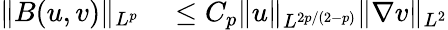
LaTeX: \begin{array}{rl}{\Vert B(u,v)\Vert_{L^{p}}}&{{}\leq C_{p}\Vert u\Vert_{L^{2p/(2-p)}}\Vert\nabla v\Vert_{L^{2}}}\end{array}